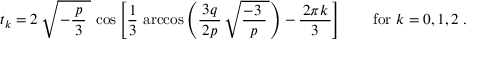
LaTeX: t _ { k } = 2 \, { \sqrt { \, - { \frac { \, p \, } { 3 } } \; } } \, \cos \left[ { \frac { 1 } { 3 } } \, \operatorname { a r c c o s } \left( { \frac { \, 3 q \, } { 2 p } } \, { \sqrt { { \frac { - 3 \; } { p } } \, } } \right) - { \frac { \, 2 \pi k \, } { 3 } } \right] \qquad { \mathrm { f o r } } ~ k = 0 , 1 , 2 \; .